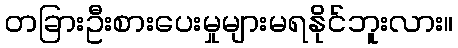
တခြားဦးစားပေးမှုများမရနိုင်ဘူးလား။